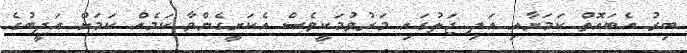
ބިރު އެބައޮތް ކަމަށާއި އަދި ޖަލުގައި މަރުވުމަކީވެސް އެކަށީގެންވާ ކަމެއް ކަމަށް އަދީބުގެ